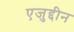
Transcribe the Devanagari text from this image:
एजुद्दीन